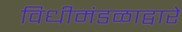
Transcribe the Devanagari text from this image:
विधीमंडळाद्वारे